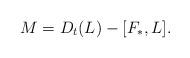
LaTeX: \begin{align*}M=D_t(L)-[F_*,L].\end{align*}